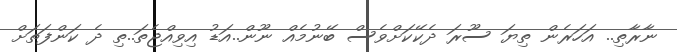
ނާރާތި.. އަހަރެން ތިޔަ ސޫރަ ދެކޭކަށްވެސް ބޭނުމެއް ނޫން..އަޑު އިވިއްޖެތަ..ތި ދެ ކަންފަތަށް